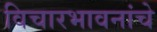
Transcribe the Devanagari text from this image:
विचारभावनांचे